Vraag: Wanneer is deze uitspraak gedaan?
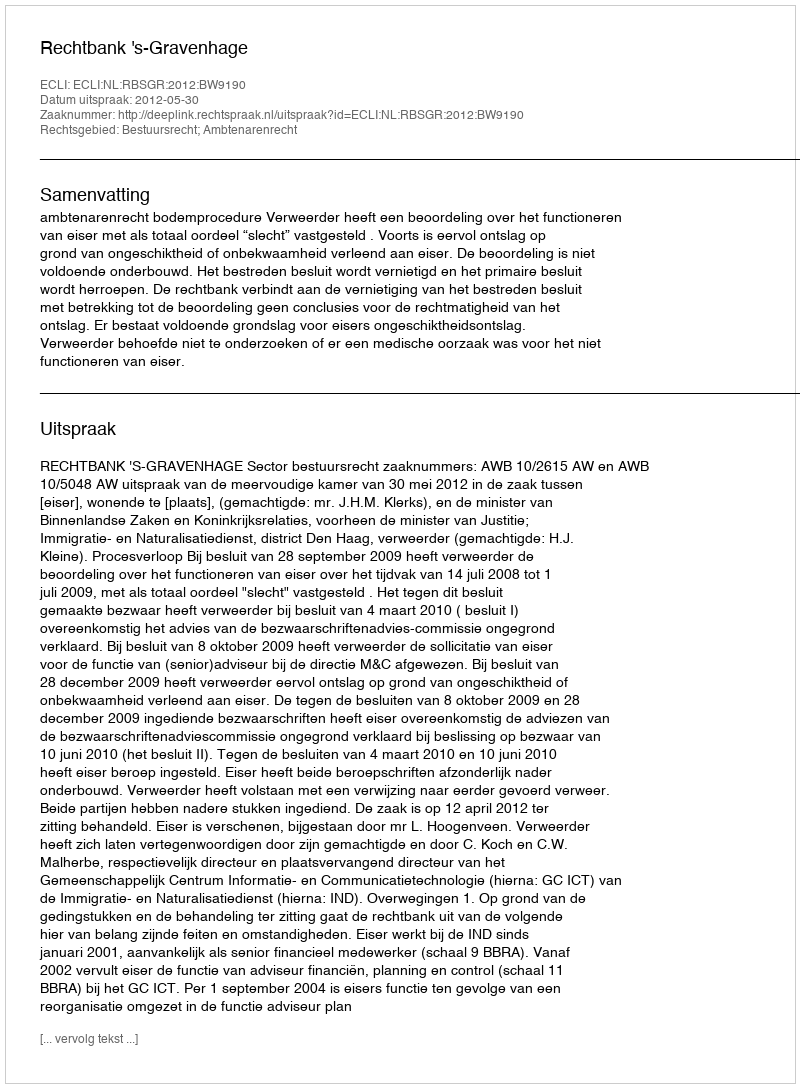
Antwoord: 2012-05-30